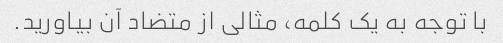
با توجه به یک کلمه، مثالی از متضاد آن بیاورید.